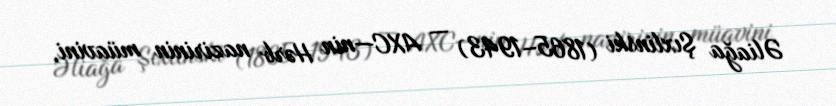
Əliağa Şıxlinski (1865–1943) — AXC—nin Hərb nazirinin müavini,